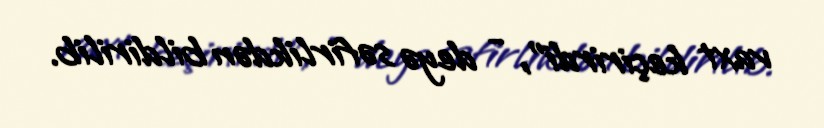
vaxt keçirirdi”, - deyə səfirlikdən bildirilib.